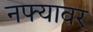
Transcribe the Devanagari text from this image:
नफ्यावर